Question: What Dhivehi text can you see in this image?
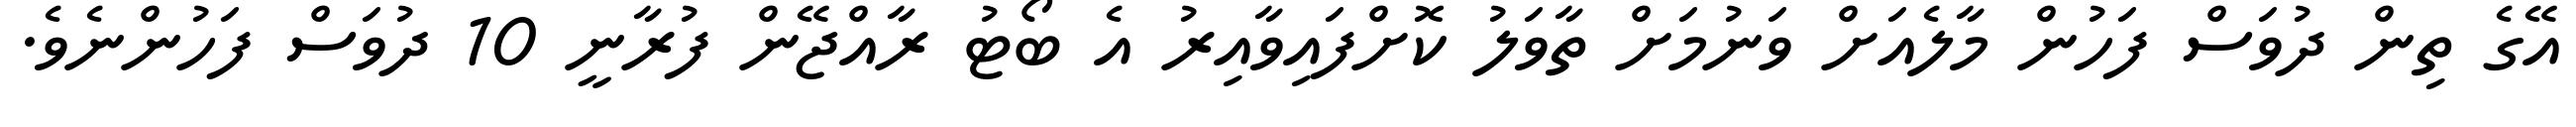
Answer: އޭގެ ތިން ދުވަސް ފަހުން މާލެއަށް ވަނުމަށް ތާވަލު ކޮށްފައިވާއިރު އެ ބޯޓު ރާއްޖޭން ފުރާނީ 10 ދުވަސް ފަހުންނެވެ.